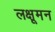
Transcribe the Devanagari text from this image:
लक्षूमन